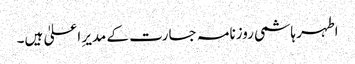
اطہر ہاشمی روزنامہ جسارت کے مدیرِ اعلیٰ ہیں۔